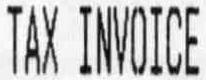
TAX INVOICE